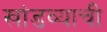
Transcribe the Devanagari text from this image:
खांडव्याची